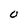
Character: O